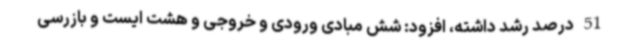
51 درصد رشد داشته، افزود: شش مبادی ورودی و خروجی و هشت ایست و بازرسی